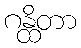
ဂန္ထိတာ